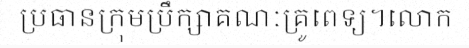
ប្រធានក្រុមប្រឹក្សាគណៈគ្រូពេទ្យ។លោក